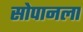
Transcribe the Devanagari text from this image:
सोपानला